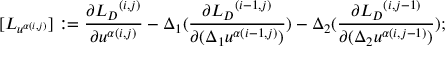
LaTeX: [ { L } _ { u ^ { \alpha ( i , j ) } } ] : = \frac { \partial { { L } _ { D } } ^ { ( i , j ) } } { \partial u ^ { \alpha ( i , j ) } } - \Delta _ { 1 } ( \frac { \partial { { L } _ { D } } ^ { ( i - 1 , j ) } } { \partial ( \Delta _ { 1 } u ^ { \alpha ( i - 1 , j ) } ) } ) - \Delta _ { 2 } ( \frac { \partial { { L } _ { D } } ^ { ( i , j - 1 ) } } { \partial ( \Delta _ { 2 } u ^ { \alpha ( i , j - 1 ) } ) } ) ;